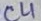
Text: C4